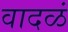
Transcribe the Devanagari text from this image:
वादळं